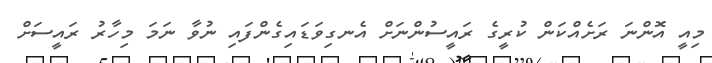
މިއީ އޮންނަ ރަށެއްކަން ކުރީގެ ރައީސުންނަށް އެނގިވަޑައިގެންފައި ނުވާ ނަމަ މިހާރު ރައީސަށް